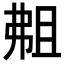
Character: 𫸴